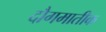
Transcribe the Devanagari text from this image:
दौगमातीक